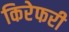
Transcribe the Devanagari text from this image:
किरेफरी